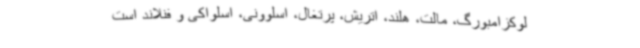
لوکزامبورگ، مالت، هلند، اتریش، پرتغال، اسلوونی، اسلواکی و فنلاند است